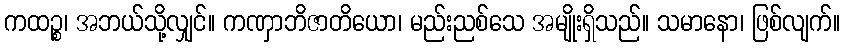
ကထဉ္စ၊ အဘယ်သို့လျှင်။ ကဏှာဘိဇာတိယော၊ မည်းညစ်သေ အမျိုးရှိသည်။ သမာနော၊ ဖြစ်လျက်။